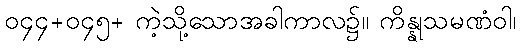
၀၄၄+၀၄၅+ ကဲ့သို့သောအခါကာလ၌။ ကိန္နုသမဏံဝါ၊